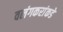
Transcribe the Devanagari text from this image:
वलंगकरांकडे